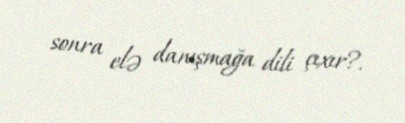
sonra elə danışmağa dili çıxır?.